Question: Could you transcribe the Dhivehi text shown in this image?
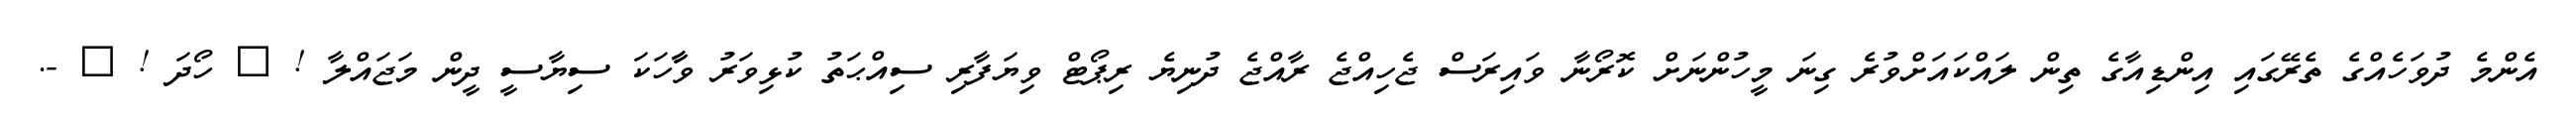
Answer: އެންމެ ދުވަހެއްގެ ތެރޭގައި އިންޑިއާގެ ތިން ލައްކައަށްވުރެ ގިނަ މީހުންނަށް ކޮރޯނާ ވައިރަސް ޖެހިއްޖެ ރާއްޖެ ދުނިޔެ ރިޕޯޓް ވިޔަފާރި ސިއްޙަތު ކުޅިވަރު ވާާހަކަ ސިޔާސީ ދީން މަޖައްލާ ! ? ހޯދަ ! ? -.